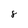
Character: 8